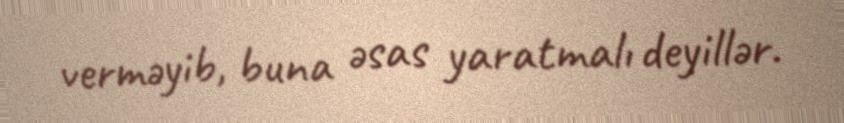
verməyib, buna əsas yaratmalı deyillər.